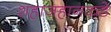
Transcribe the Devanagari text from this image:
शहाजहानकडे